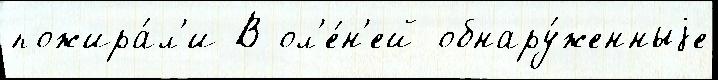
пожира́л'и В ол'е́н'ей обнару́женныjе